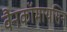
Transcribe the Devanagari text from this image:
वैनकॉमायसिन